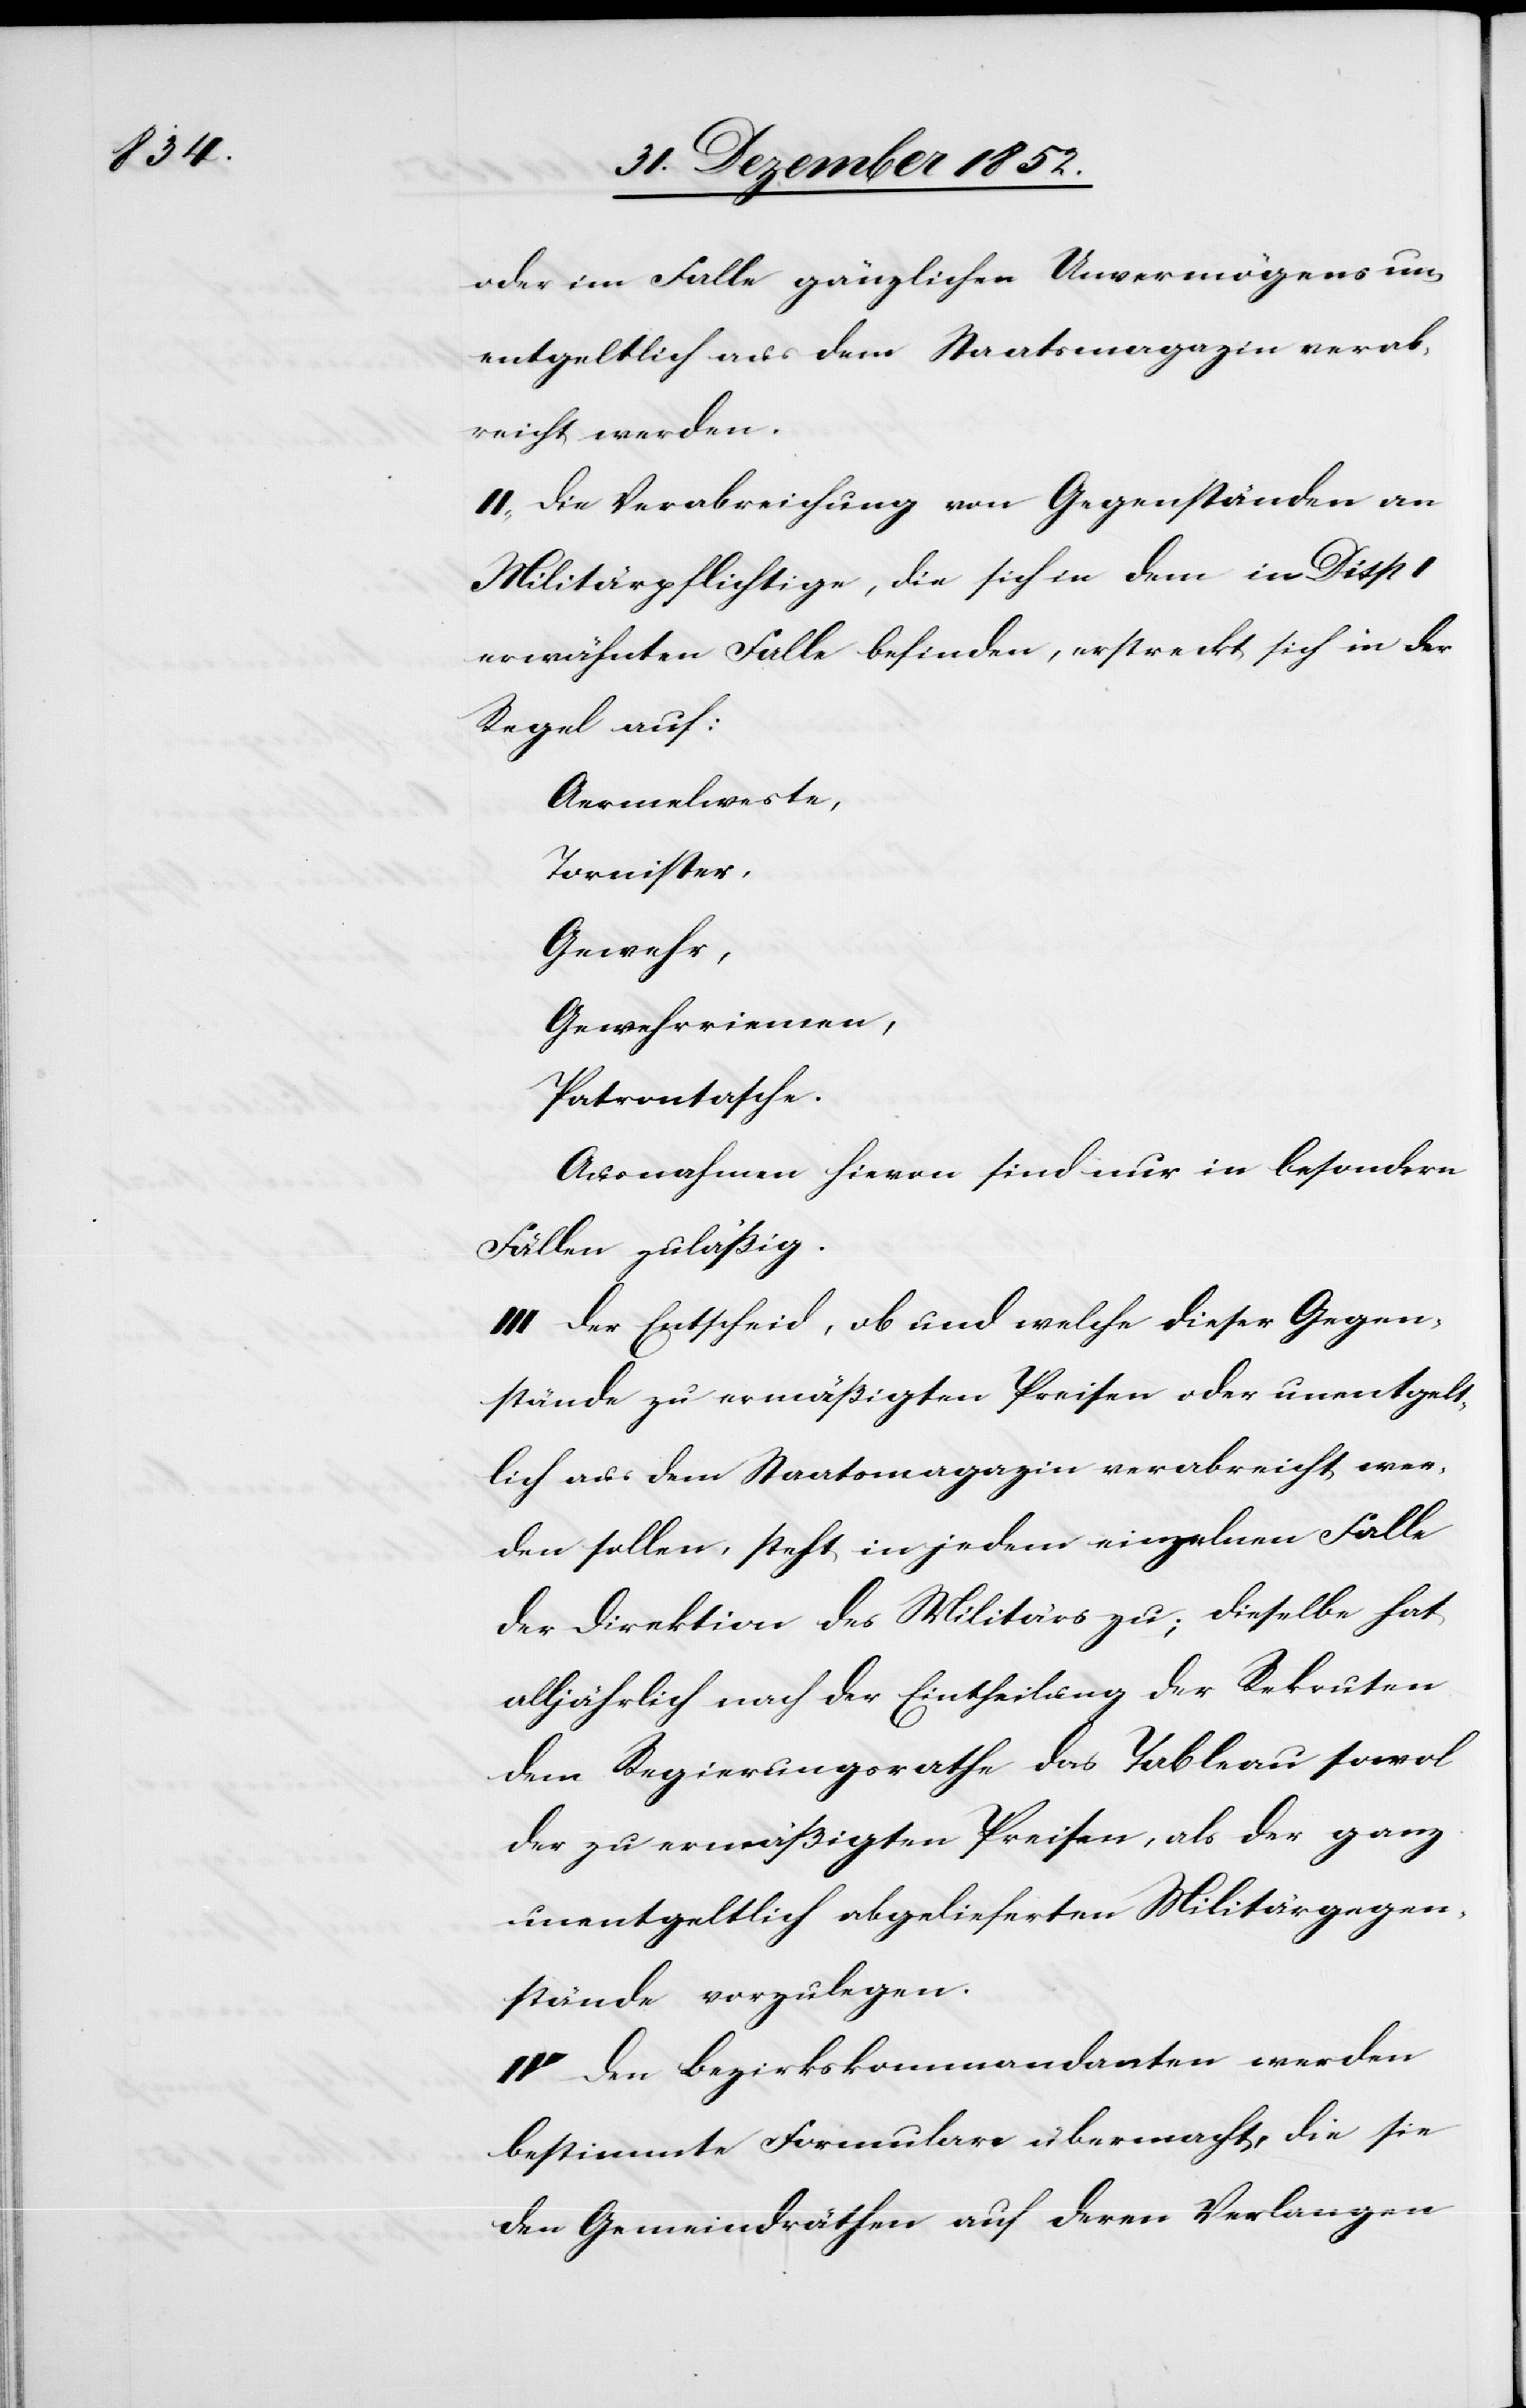
oder im Falle gänzlichen Unvermögens un¬
entgeltlich aus dem Staatsmagazin verab¬
reicht werden.
II., Die Verabreichung von Gegenständen an
Militärpflichtige, die sich in dem in Disp
erwähnten Falle befinden, erstreckt sich in der
Regel auf:
Aermelweste,
Tornister,
Gewehr,
Gewehrriemen,
Patrontasche.
Ausnahmen hievon sind nur in besondern
Fällen zuläßig.
III Der Entscheid, ob und welche dieser Gegen¬
stände zu ermäßigten Preisen oder unentgelt¬
lich aus dem Staatsmagazin verabreicht wer¬
den sollen, steht in jedem einzelnen Falle
der Direktion des Militärs zu; dieselbe hat
alljährlich nach der Eintheilung der Rekruten
dem Regierungsrathe das Tableau sowol
der zu ermäßigten Preisen, als der ganz
unentgeltlich abgelieferten Militärgegen¬
stände vorzulegen.
IV Den Bezirkskommandanten werden
bestimmte Formulare übermacht, die sie
den Gemeindräthen auf deren Verlangen